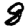
Digit: 8